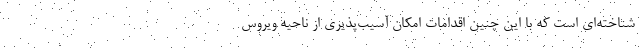
شناخته‌ای است که با این چنین اقدامات امکان آسیب‌پذیری از ناحیه ویروس